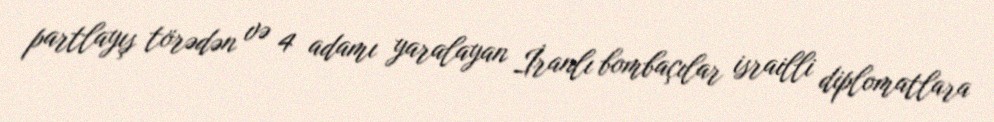
partlayış törədən və 4 adamı yaralayan İranlı bombaçılar israilli diplomatlara